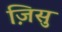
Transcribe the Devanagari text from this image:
ज़िसु